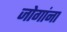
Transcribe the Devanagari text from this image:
जोगांना